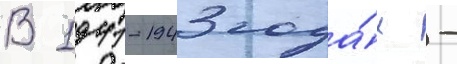
В 1941-1943 года́х -